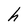
Character: h